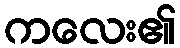
ကလေး၏